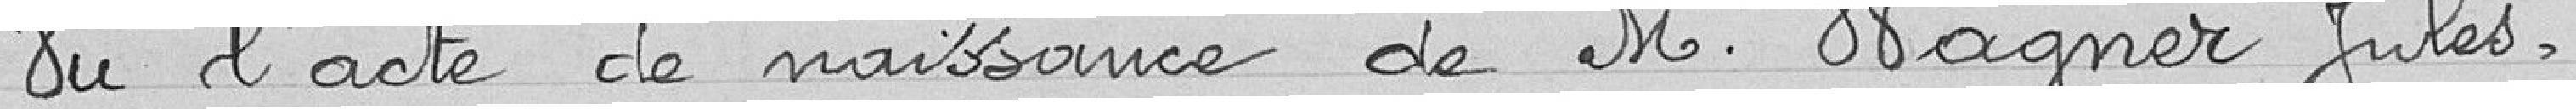
Vu l'acte de naissance de M. Wagner Jules.